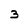
Character: 3